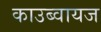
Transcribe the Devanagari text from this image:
काउब्वायज